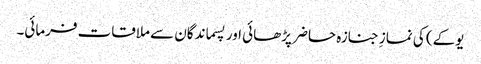
یوکے) کی نمازِ جنازہ حاضر پڑھائی اور پسماندگان سے ملاقات فرمائی۔